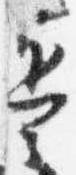
兵